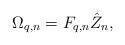
LaTeX: \begin{align*}\Omega_{q,n}= F_{q,n}\hat{Z}_{n},\end{align*}